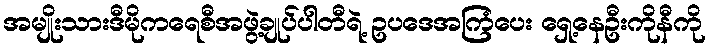
အမျိုးသားဒီမိုကရေစီအဖွဲ့ချုပ်ပါတီရဲ့ ဥပဒေအကြံပေး ရှေ့နေဦးကိုနီကို